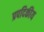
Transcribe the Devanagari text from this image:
प्रपदिकीय